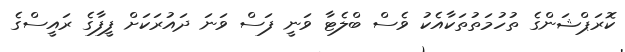
ކޮރަޕްޝަންގެ ތުހުމަތުތަކާއެކު ވެސް ބްލެޓާ ވަނީ ފަސް ވަނަ ދައުރަކަށް ފީފާގެ ރައީސްގެ